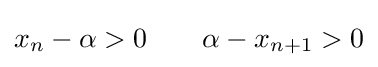
x_{n}-\alpha >0\qquad \alpha -x_{n+1}>0